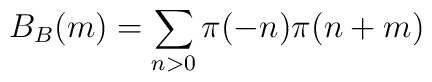
B_B(m) = \sum_{n > 0} \pi(-n)\pi(n+m)